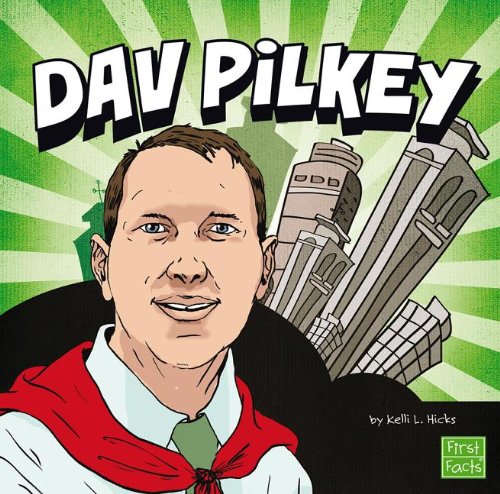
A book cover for Dav Pilkey (Your Favorite Authors); Kelli L. Hicks; Children's Books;